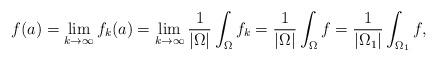
LaTeX: \begin{align*}f(a)=\lim_{k\rightarrow\infty}f_k(a)=\lim_{k\rightarrow\infty}\frac{1}{|\Omega|}\int_\Omega{f_k}=\frac{1}{|\Omega|}\int_\Omega{f}=\frac{1}{|\Omega_1|}\int_{\Omega_1}f,\end{align*}